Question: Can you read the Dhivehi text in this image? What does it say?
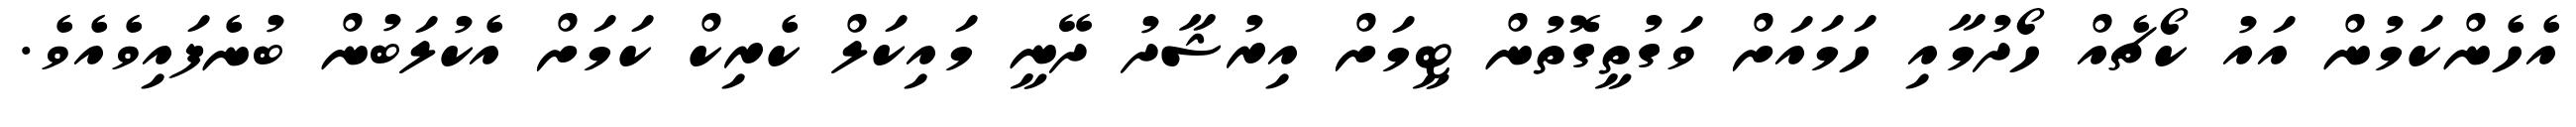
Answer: އެހެންކަމުން އައު ކޯޗެއް ހޯދުމާއި ހަމައަށް ވަގުތީގޮތުން ޓީމަށް އިރުޝާދު ދޭނީ މައިކަލް ކެރިކް ކަމަށް އެކުލަބުން ބުނެފައިވެއެވެ.